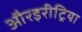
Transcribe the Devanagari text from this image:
औरइरीट्रिया